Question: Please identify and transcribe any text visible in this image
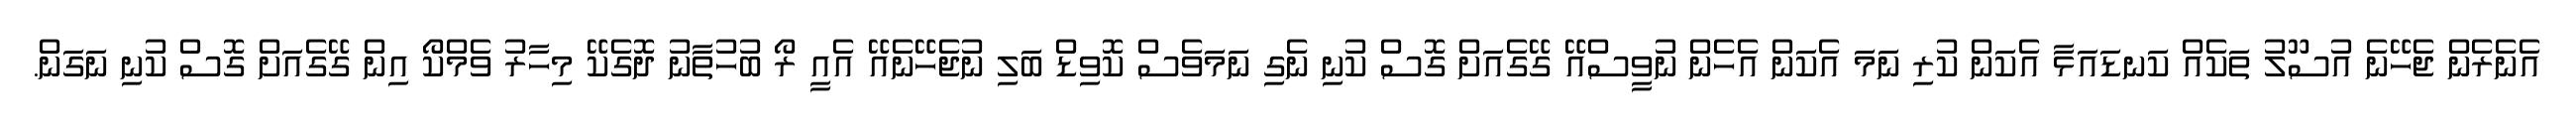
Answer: އެނެރެން ޖެހޭނެ އުސޫލު ތަކެއް ކަނޑައަޅާ އެކަން ކުރި ނަމަ އެކަން އެހެން ނުވީސްއޭ ގޭގެއަށް ގޮސް ކުނި ނެގި ނަމަވެސް ކޮވިޑް ބަލި ނުޖެހޭނެއޭ އެއީ ރޯ ބުހުތާނު ދޮގެކޭ މިހާރު ވެމްކޯ އިން ގޭގެއަށް ގޮސް ކުނި ނަގަން.